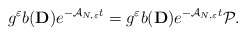
\begin{align*}g^\varepsilon b(\mathbf{D})e^{-\mathcal{A}_{N,\varepsilon}t}=g^\varepsilon b(\mathbf{D})e^{-\mathcal{A}_{N,\varepsilon}t}\mathcal{P}.\end{align*}